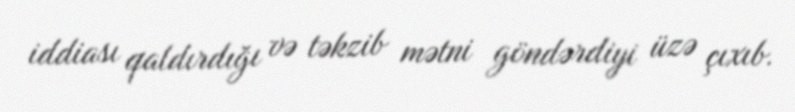
iddiası qaldırdığı və təkzib mətni göndərdiyi üzə çıxıb.